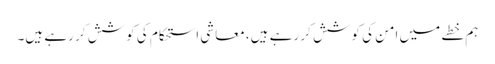
ہم خطے میں امن کی کوشش کر رہے ہیں، معاشی استحکام کی کوشش کر رہے ہیں۔